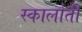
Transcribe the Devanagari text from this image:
स्कार्लाती